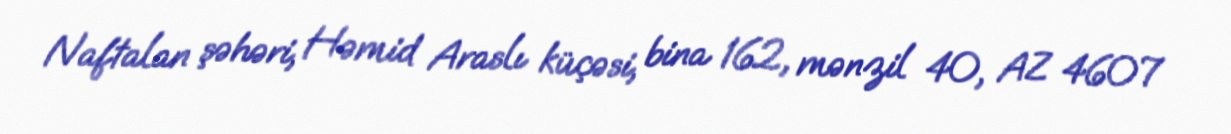
Naftalan şəhəri, Həmid Araslı küçəsi, bina 162, mənzil 40, AZ 4607